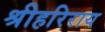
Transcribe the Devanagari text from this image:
श्रीहरिराय